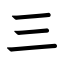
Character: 三